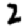
Digit: 2